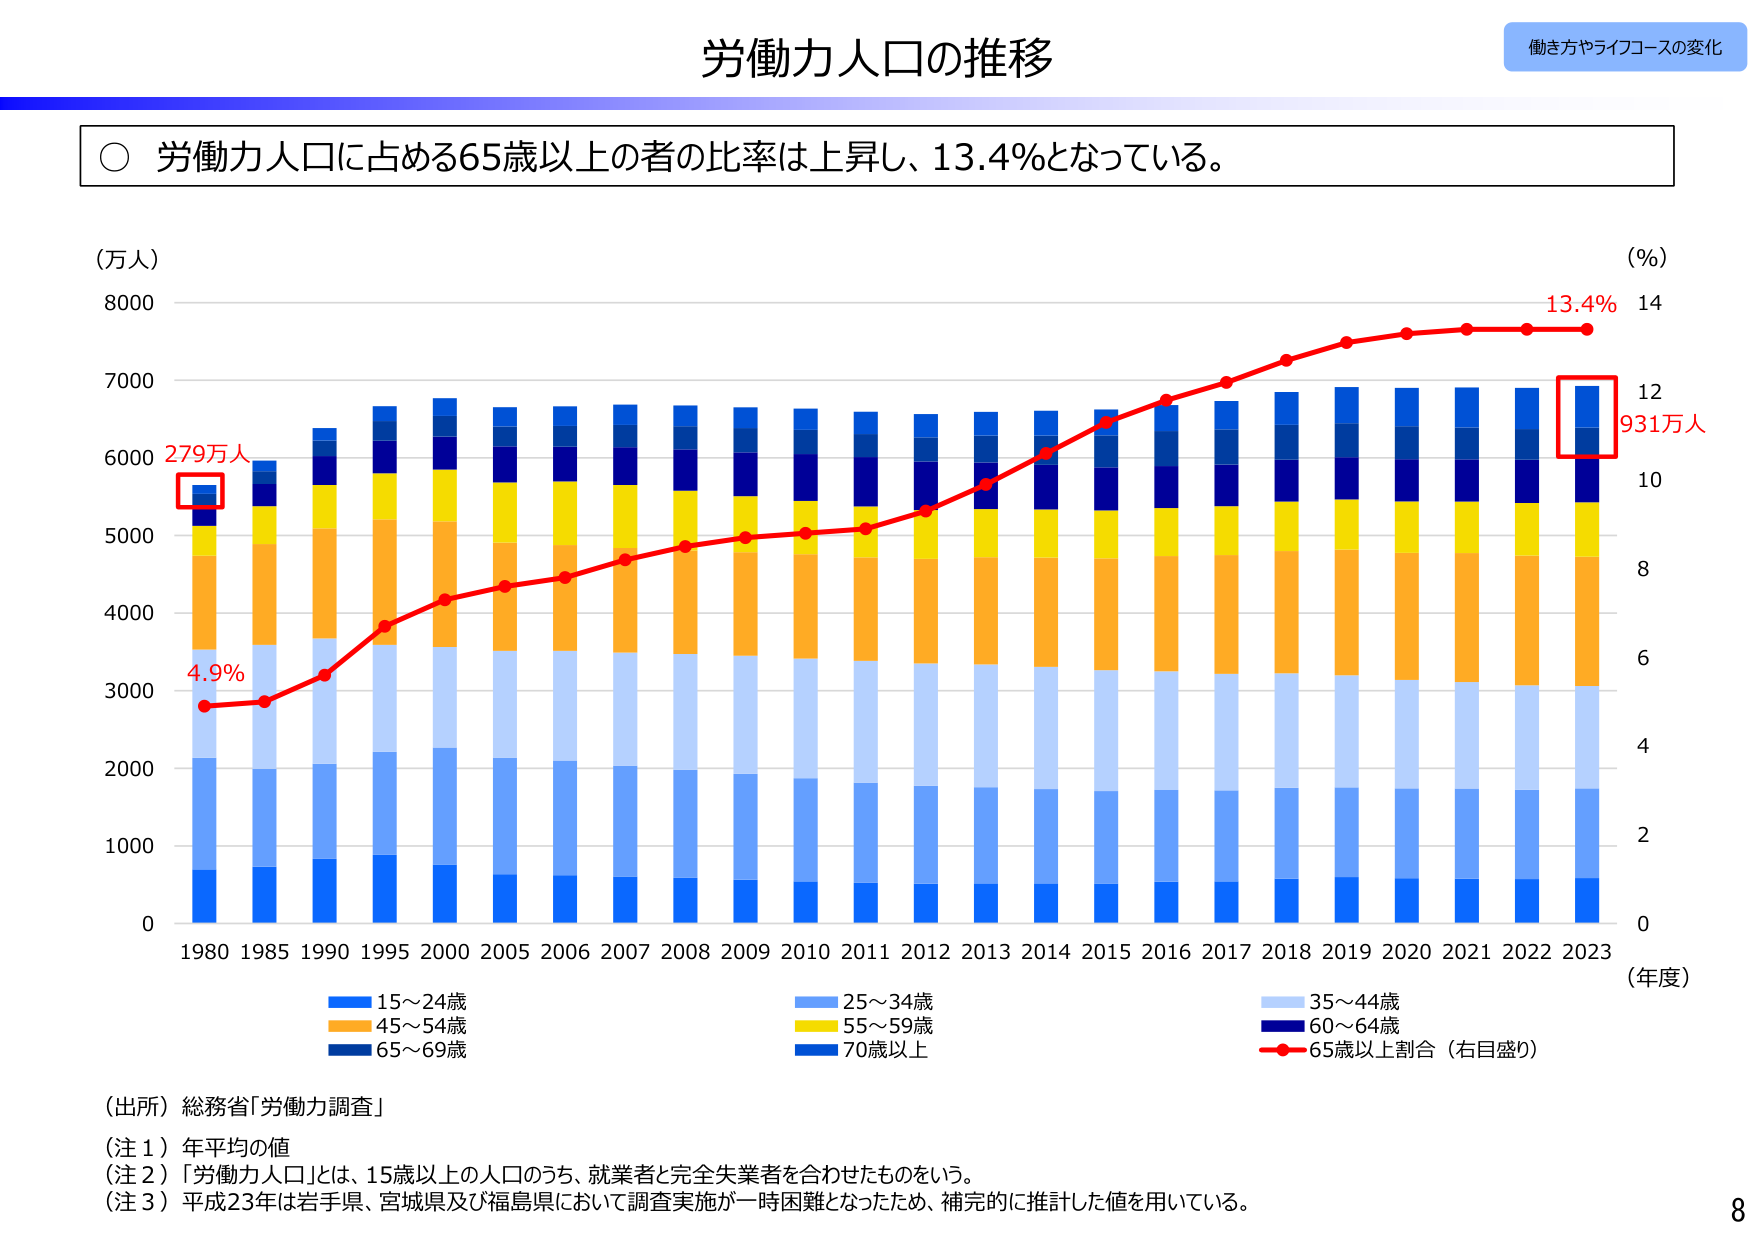
労働力人口の推移
働き方やライフコースの変化

○ 労働力人口に占める65歳以上の者の比率は上昇し、13.4%となっている。

（万人）
8000
7000
6000
5000
4000
3000
2000
1000
0

（%）
14
12
10
8
6
4
2
0

1980 1985 1990 1995 2000 2005 2006 2007 2008 2009 2010 2011 2012 2013 2014 2015 2016 2017 2018 2019 2020 2021 2022 2023
（年度）

279万人
4.9%
13.4%
931万人

■ 15～24歳
■ 25～34歳
■ 35～44歳
■ 45～54歳
■ 55～59歳
■ 60～64歳
■ 65～69歳
■ 70歳以上
■ 65歳以上割合（右目盛り）

（出所）総務省「労働力調査」
（注１）年平均の値
（注２）「労働力人口」とは、15歳以上の人口のうち、就業者と完全失業者を合わせたものをいう。
（注３）平成23年は岩手県、宮城県及び福島県において調査実施が一時困難となったため、補完的に推計した値を用いている。

8